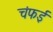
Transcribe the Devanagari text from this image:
चंफई